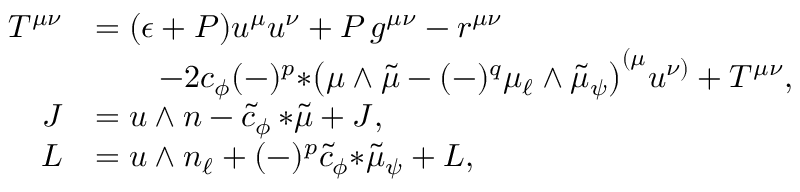
\begin{array} { r l } { T ^ { \mu \nu } } & { = ( \epsilon + P ) u ^ { \mu } u ^ { \nu } + P \, g ^ { \mu \nu } - r ^ { \mu \nu } } \\ & { \qquad - 2 c _ { \phi } ( - ) ^ { p } { * \big ( \mu \wedge \tilde { \mu } - ( - ) ^ { q } \mu _ { \ell } \wedge \tilde { \mu } _ { \psi } \big ) } ^ { ( \mu } u ^ { \nu ) } + { \cal T } ^ { \mu \nu } , } \\ { J } & { = u \wedge n - \tilde { c } _ { \phi } \, { * \tilde { \mu } } + { \cal J } , } \\ { L } & { = u \wedge n _ { \ell } + ( - ) ^ { p } \tilde { c } _ { \phi } { * \tilde { \mu } _ { \psi } } + { \cal L } , } \end{array}